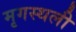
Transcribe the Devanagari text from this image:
मृगस्थली